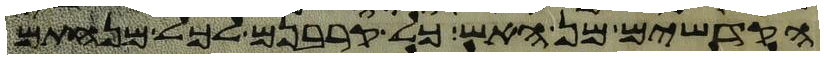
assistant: הקדשים מן האש כל קרבנם לכל מנחתם